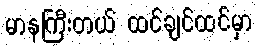
မာနကြီးတယ် ထင်ချင်ထင်မှာ